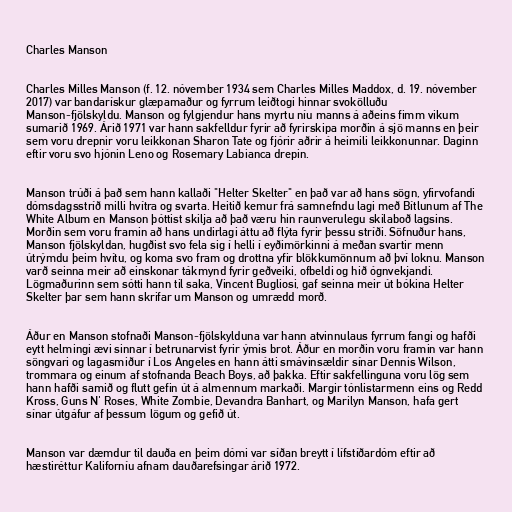
Charles Manson

Charles Milles Manson (f. 12. nóvember 1934 sem Charles Milles Maddox, d. 19. nóvember
2017) var bandarískur glæpamaður og fyrrum leiðtogi hinnar svokölluðu
Manson-fjölskyldu. Manson og fylgjendur hans myrtu níu manns á aðeins fimm vikum
sumarið 1969. Árið 1971 var hann sakfelldur fyrir að fyrirskipa morðin á sjö manns en þeir
sem voru drepnir voru leikkonan Sharon Tate og fjórir aðrir á heimili leikkonunnar. Daginn
eftir voru svo hjónin Leno og Rosemary Labianca drepin.

Manson trúði á það sem hann kallaði "Helter Skelter" en það var að hans sögn, yfirvofandi
dómsdagsstríð milli hvítra og svarta. Heitið kemur frá samnefndu lagi með Bítlunum af The
White Album en Manson þóttist skilja að það væru hin raunverulegu skilaboð lagsins.
Morðin sem voru framin að hans undirlagi áttu að flýta fyrir þessu stríði. Söfnuður hans,
Manson fjölskyldan, hugðist svo fela sig í helli í eyðimörkinni á meðan svartir menn
útrýmdu þeim hvítu, og koma svo fram og drottna yfir blökkumönnum að því loknu. Manson
varð seinna meir að einskonar tákmynd fyrir geðveiki, ofbeldi og hið ógnvekjandi.
Lögmaðurinn sem sótti hann til saka, Vincent Bugliosi, gaf seinna meir út bókina Helter
Skelter þar sem hann skrifar um Manson og umrædd morð.

Áður en Manson stofnaði Manson-fjölskylduna var hann atvinnulaus fyrrum fangi og hafði
eytt helmingi ævi sinnar í betrunarvist fyrir ýmis brot. Áður en morðin voru framin var hann
söngvari og lagasmiður í Los Angeles en hann átti smávinsældir sínar Dennis Wilson,
trommara og einum af stofnanda Beach Boys, að þakka. Eftir sakfellinguna voru lög sem
hann hafði samið og flutt gefin út á almennum markaði. Margir tónlistarmenn eins og Redd
Kross, Guns N' Roses, White Zombie, Devandra Banhart, og Marilyn Manson, hafa gert
sínar útgáfur af þessum lögum og gefið út.

Manson var dæmdur til dauða en þeim dómi var síðan breytt í lífstíðardóm eftir að
hæstiréttur Kaliforníu afnam dauðarefsingar árið 1972.